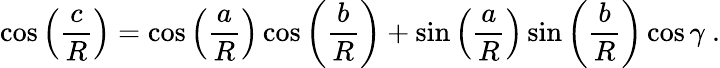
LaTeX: \cos\left({\frac{c}{R}}\right)=\cos\left({\frac{a}{R}}\right)\cos\left({\frac{b}{R}}\right)+\sin\left({\frac{a}{R}}\right)\sin\left({\frac{b}{R}}\right)\cos\gamma\ .